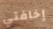
إخافتي